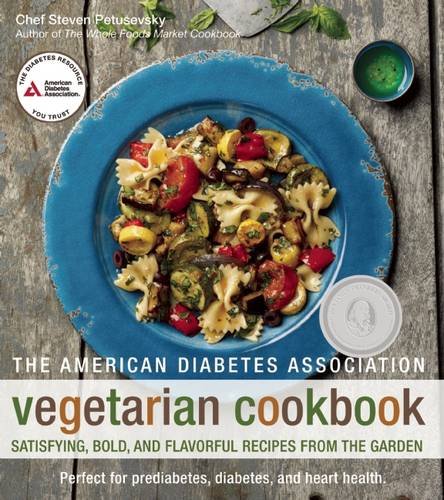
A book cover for The American Diabetes Association Vegetarian Cookbook: Satisfying, Bold, and Flavorful Recipes from the Garden; Steven Petusevsky; Cookbooks, Food & Wine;